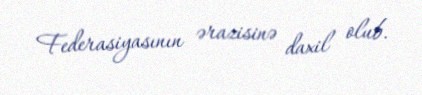
Federasiyasının ərazisinə daxil olub.